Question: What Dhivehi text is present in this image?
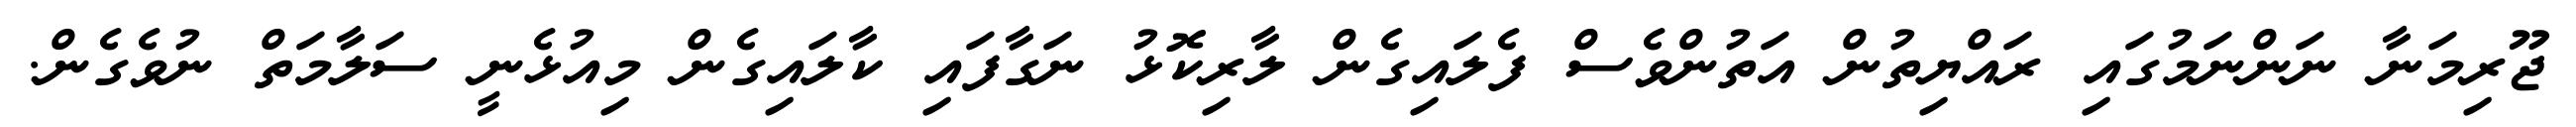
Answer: ޖޫރިމަނާ ނަންނަމުގައި ރައްޔިތުން އަތުންވެސް ފެލައިގެން ލާރިކޮޅު ނަގާފައި ކާލައިގެން މިއުޅެނީ ސަލާމަތް ނުވެގެން.